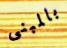
بالمبنى